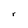
Character: r